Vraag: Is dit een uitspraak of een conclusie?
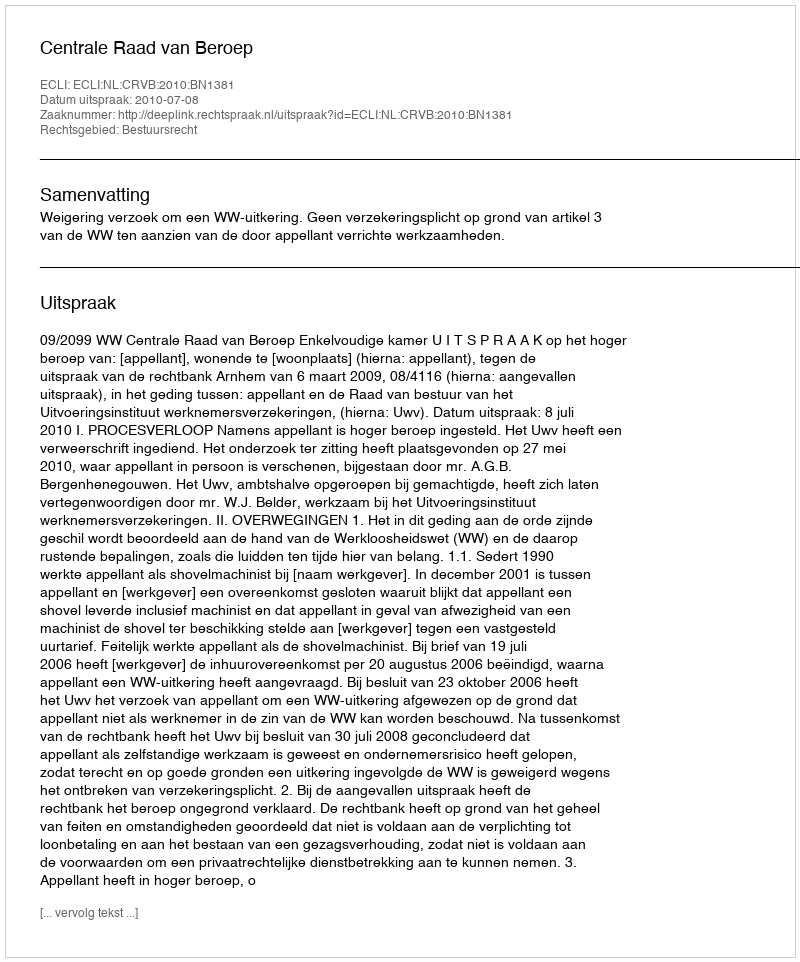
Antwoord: Uitspraak